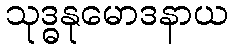
သုဒ္ဓနုမောဒနာယ